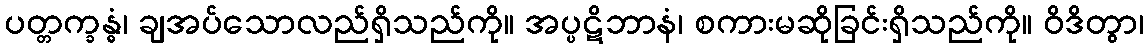
ပတ္တက္ခန္ဓံ၊ ချအပ်သောလည်ရှိသည်ကို။ အပ္ပဋိဘာနံ၊ စကားမဆိုခြင်းရှိသည်ကို။ ဝိဒိတွာ၊